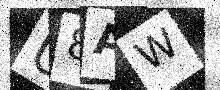
Text: U8AW